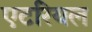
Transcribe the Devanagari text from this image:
एटरियल